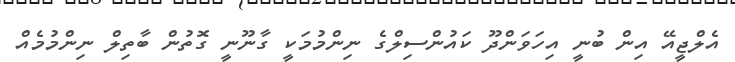
އެލްޖީއޭ އިން ބުނީ އިހަވަންދޫ ކައުންސިލްގެ ނިންމުމަކީ ގާނޫނީ ގޮތުން ބާތިލް ނިންމުމެއް